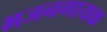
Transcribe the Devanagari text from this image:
भजनगायक